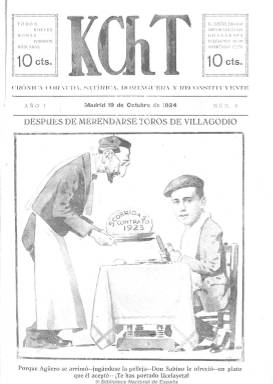
Título: KChT (Madrid)
Otros títulos: K Ch T || Kachete || Cachete
Colección: Toros || Revistas satíricas y humorísticas
Ámbito geográfico: Madrid
Lugar de publicación: Madrid
Fechas: 19/10/1924-08/04/1928

Título que se corresponde al sonido de la palabra cachete al que se le han eliminado todas las vocales (metaplasmo) –indicado también como K Ch T o K.Ch. T-, que adopta el semanario fundado y dirigido por el escritor y popular revistero taurino Isidro Amorós-Manso Guerra (1882-1955), con el subtítulo “crónica cornuda, satírica, dominguera y reconstituyente”, que aparece el 14 de septiembre de 1924, después de que en abril de 1922 abandonara la dirección del también semanario madrileño de carácter taurino-humorístico The times (1917-1925) por desavenencias con su socio y copropietario, el fotógrafo Juan Pacheco ‘Vandel’. Amorós dirigirá ahora este periódico bajo su principal seudónimo -Don Justo-, bajo el que le añade la leyenda “imparcialidad guasarapa”, junto a la que expresa “toros, bueyes, monas, toreros, máscaras”.

A los cuatro días de su aparición, el diario ABC le saluda como “bien escrito, cuidado y correctamente escrito”, y en entregas de ocho páginas (las centrales casi siempre a doble plana), tiene una estructura, tanto formal como de contenidos, similar al del citado The times. Tanto su primera como última páginas la ocupan fotografías, composiciones fotográficas y dibujos de toreros y lances de festejos taurinos. Sus textos, algunos escritos en verso, son breves artículos,  comentarios, notas sueltas, semblanzas, críticas, chascarrillos acerca de los matadores y del mundo de la tauromaquia, escritos, generalmente, en un estilo desenvuelto y a veces ácido, ilustrados con más fotografías, dibujos, caricaturas y composiciones fotográficas que le dan un tono satírico propio.

Entre sus secciones está precisamente una bajo el epígrafe “Kachetazos” y sus colaboradores se denominan asimismo “kacheteros”. Su redactor jefe será “Iván Trois” y el socio de Amorós en esta aventura periodística y copropietario de la empresa editora, Juan Cabezali. De esta publicación se ha dicho que era más belmontista que el propio Juan Belmonte (1892-1962) a la vez que furibunda anti “lalandista marcialera” o “antimarciana”, en referencia al diestro Marcial Lalanda del Pino (1903-1990) y también crítica a su primo Pablo Lalanda Gutiérrez (1902-1936), fusilado este en Toledo al estallar la guerra civil, mientras que Marcial integraría posteriormente el grupo de “toreros falangistas” del régimen franquista. Visada por la censura de la dictadura primoriverista, a través de esta publicación, Don Justo llevaría también a cabo sus campañas a favor del  Montepío de Toreros. El último número de este periódico en la colección de la Biblioteca Nacional de España corresponde al ocho de abril de 1928, al comienzo de la campaña taurina de ese año, desconociéndose cuánto tiempo pudo estar más publicándose.